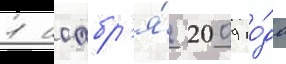
1 ноабр'я́ 2009 го́да